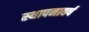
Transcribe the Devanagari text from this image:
स्थापनावर्ष